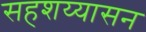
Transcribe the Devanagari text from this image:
सहशय्यासन